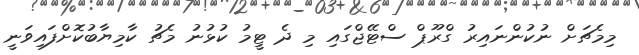
މިމެޗަށް ނުކުންނައިރު ގްރޫޕް ސްޓޭޖްގައި މި ދެ ޓީމު ކުޅުނު މެޗު ކާމިޔާބުކޮށްފައިވަނީ